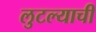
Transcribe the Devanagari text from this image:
लुटल्याची